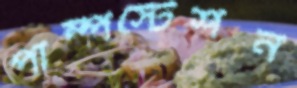
পাম্পস্টেশন